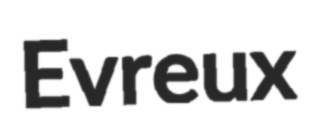
Evreux